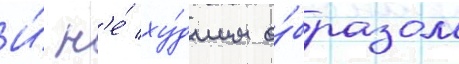
И́ н'е́ ху́дшим о́бразом